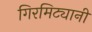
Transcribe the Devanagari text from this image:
गिरमिट्यानी